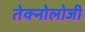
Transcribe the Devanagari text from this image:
तेक्नोलोजी